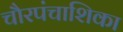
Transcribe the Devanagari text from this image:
चौरपंचाशिका